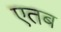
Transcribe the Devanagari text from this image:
एतब